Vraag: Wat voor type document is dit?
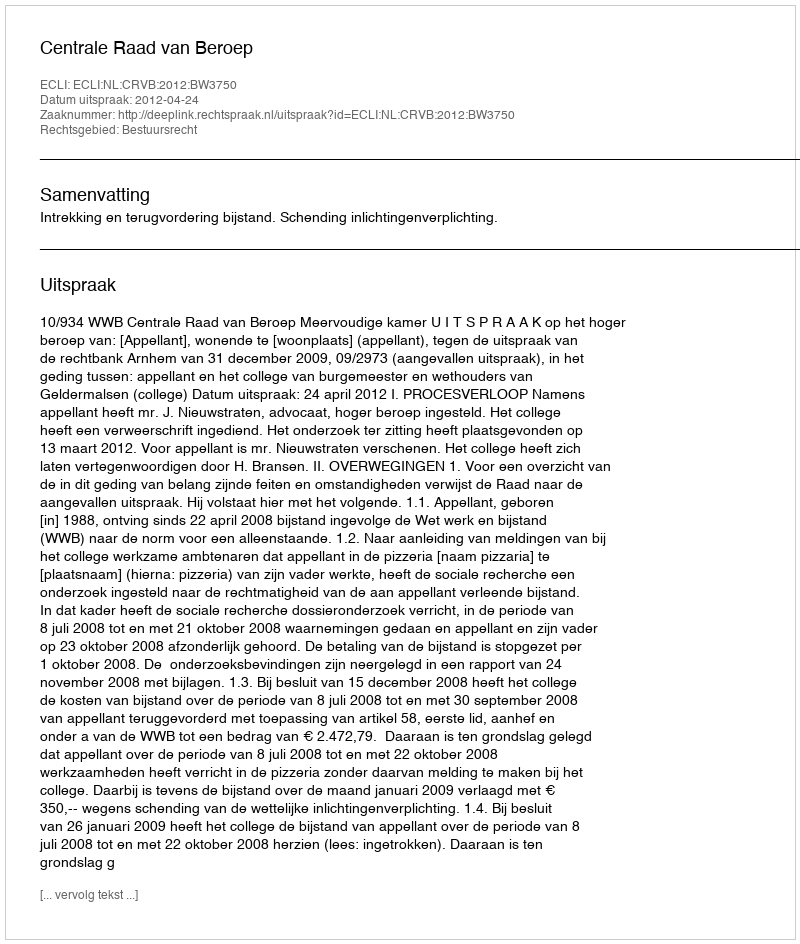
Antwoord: Uitspraak